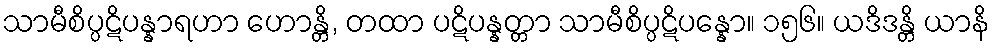
သာမီစိပ္ပဋိပန္နာရဟာ ဟောန္တိ, တထာ ပဋိပန္နတ္တာ သာမီစိပ္ပဋိပန္နော။ ၁၅၆။ ယဒိဒန္တိ ယာနိ